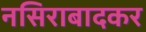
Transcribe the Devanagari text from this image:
नसिराबादकर